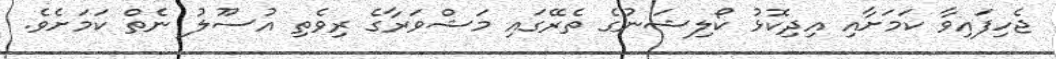
ޖެހިފައިވާ ކަމަށާއި އިދިކޮޅު ކޯލިޝަނުގެ ތެރޭގައި މަޝްވަރާގެ ރިވެތި އުސޫލު ނެތް ކަމަށެވެ.